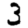
Digit: 3